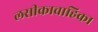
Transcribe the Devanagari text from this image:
लसीकावाहिका